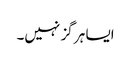
ایسا ہر گز نہیں۔